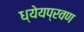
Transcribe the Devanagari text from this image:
ध्येयप्रवण